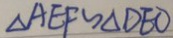
\Delta A E F \sim \Delta D E O